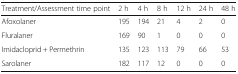
| Treatment/Assessment time point | 2 h | 4 h | 8 h | 12 h | 24 h | 48 h |
 | --- | --- | --- | --- | --- | --- | --- |
 | Afoxolaner | 195 | 194 | 21 | 4 | 2 | 0 |
 | Fluralaner | 169 | 90 | 1 | 0 | 0 | 0 |
 | Imidacloprid + Permethrin | 135 | 123 | 113 | 79 | 66 | 53 |
 | Sarolaner | 182 | 117 | 12 | 0 | 0 | 0 |